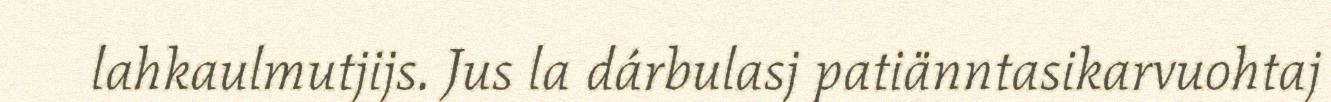
lahkaulmutjijs. Jus la dárbulasj patiänntasikarvuohtaj